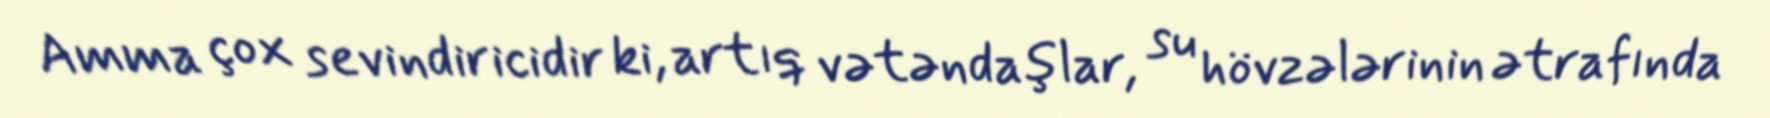
Amma çox sevindiricidir ki, artıq vətəndaşlar, su hövzələrinin ətrafında